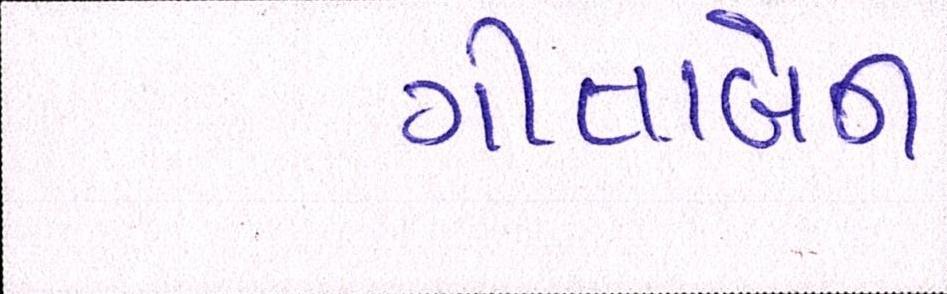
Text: ગીતાબેન